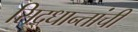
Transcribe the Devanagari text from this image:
सिद्धान्तांची